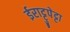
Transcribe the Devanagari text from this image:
ईराट्टुपेट्टा